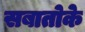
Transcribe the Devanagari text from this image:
सबातोके